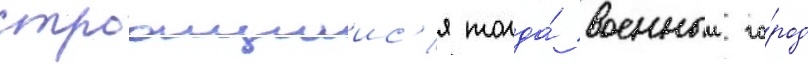
строащиис'я тогда́ военныи го́род